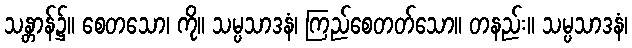
သန္တာန်၌။ စေတသော၊ ကို။ သမ္ပသာဒနံ၊ ကြည်စေတတ်သော။ တနည်း။ သမ္ပသာဒနံ၊